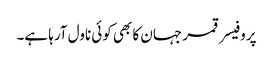
پروفیسر قمر جہان کا بھی کوئی ناول آرہا ہے۔